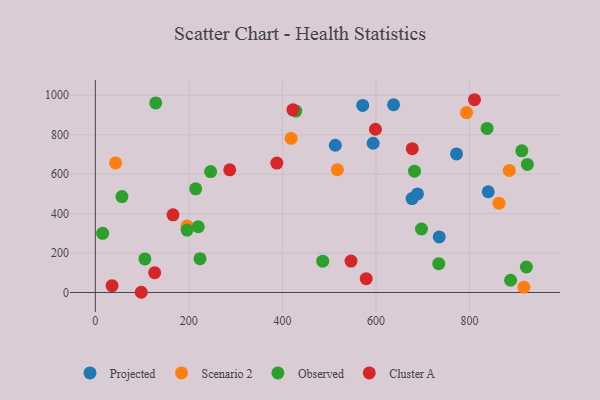
{"axis": {"x": "Engine Size", "y": "Demand"}, "legend": ["Cluster A", "Observed", "Projected", "Scenario 2"], "data": [{"x": "594.0", "y": 756.6, "type": "Projected"}, {"x": "513.1", "y": 746.4, "type": "Projected"}, {"x": "637.7", "y": 951.7, "type": "Projected"}, {"x": "571.7", "y": 948.4, "type": "Projected"}, {"x": "840.1", "y": 510.7, "type": "Projected"}, {"x": "735.3", "y": 281.7, "type": "Projected"}, {"x": "772.3", "y": 702.4, "type": "Projected"}, {"x": "677.3", "y": 476.1, "type": "Projected"}, {"x": "688.8", "y": 499.8, "type": "Projected"}, {"x": "517.5", "y": 622.6, "type": "Scenario 2"}, {"x": "196.3", "y": 336.6, "type": "Scenario 2"}, {"x": "885.2", "y": 618.8, "type": "Scenario 2"}, {"x": "863.1", "y": 452.7, "type": "Scenario 2"}, {"x": "43.4", "y": 656.8, "type": "Scenario 2"}, {"x": "418.6", "y": 781.4, "type": "Scenario 2"}, {"x": "793.7", "y": 912.2, "type": "Scenario 2"}, {"x": "916.4", "y": 27.0, "type": "Scenario 2"}, {"x": "196.1", "y": 316.4, "type": "Observed"}, {"x": "887.9", "y": 62.0, "type": "Observed"}, {"x": "223.9", "y": 171.3, "type": "Observed"}, {"x": "106.0", "y": 170.1, "type": "Observed"}, {"x": "921.7", "y": 129.1, "type": "Observed"}, {"x": "734.3", "y": 146.1, "type": "Observed"}, {"x": "428.6", "y": 919.9, "type": "Observed"}, {"x": "682.5", "y": 615.0, "type": "Observed"}, {"x": "220.1", "y": 333.2, "type": "Observed"}, {"x": "923.8", "y": 649.3, "type": "Observed"}, {"x": "15.6", "y": 299.9, "type": "Observed"}, {"x": "837.7", "y": 831.6, "type": "Observed"}, {"x": "214.6", "y": 525.5, "type": "Observed"}, {"x": "911.9", "y": 718.3, "type": "Observed"}, {"x": "486.2", "y": 158.5, "type": "Observed"}, {"x": "697.4", "y": 321.9, "type": "Observed"}, {"x": "129.2", "y": 960.9, "type": "Observed"}, {"x": "246.5", "y": 613.1, "type": "Observed"}, {"x": "56.9", "y": 486.0, "type": "Observed"}, {"x": "677.7", "y": 729.3, "type": "Cluster A"}, {"x": "126.9", "y": 100.4, "type": "Cluster A"}, {"x": "388.1", "y": 656.2, "type": "Cluster A"}, {"x": "35.8", "y": 34.4, "type": "Cluster A"}, {"x": "166.1", "y": 393.6, "type": "Cluster A"}, {"x": "98.2", "y": 1.0, "type": "Cluster A"}, {"x": "599.0", "y": 827.5, "type": "Cluster A"}, {"x": "810.7", "y": 977.3, "type": "Cluster A"}, {"x": "579.2", "y": 70.1, "type": "Cluster A"}, {"x": "287.4", "y": 622.0, "type": "Cluster A"}, {"x": "422.4", "y": 926.2, "type": "Cluster A"}, {"x": "546.7", "y": 159.2, "type": "Cluster A"}]}